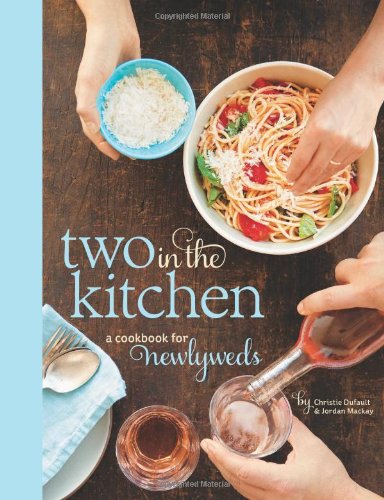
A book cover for Two in the Kitchen (Williams-Sonoma): A Cookbook for Newlyweds; Jordan Mackay; Cookbooks, Food & Wine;